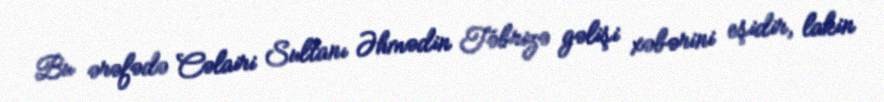
Bu ərəfədə Cəlairi Sultanı Əhmədin Təbrizə gəlişi xəbərini eşidir, lakin